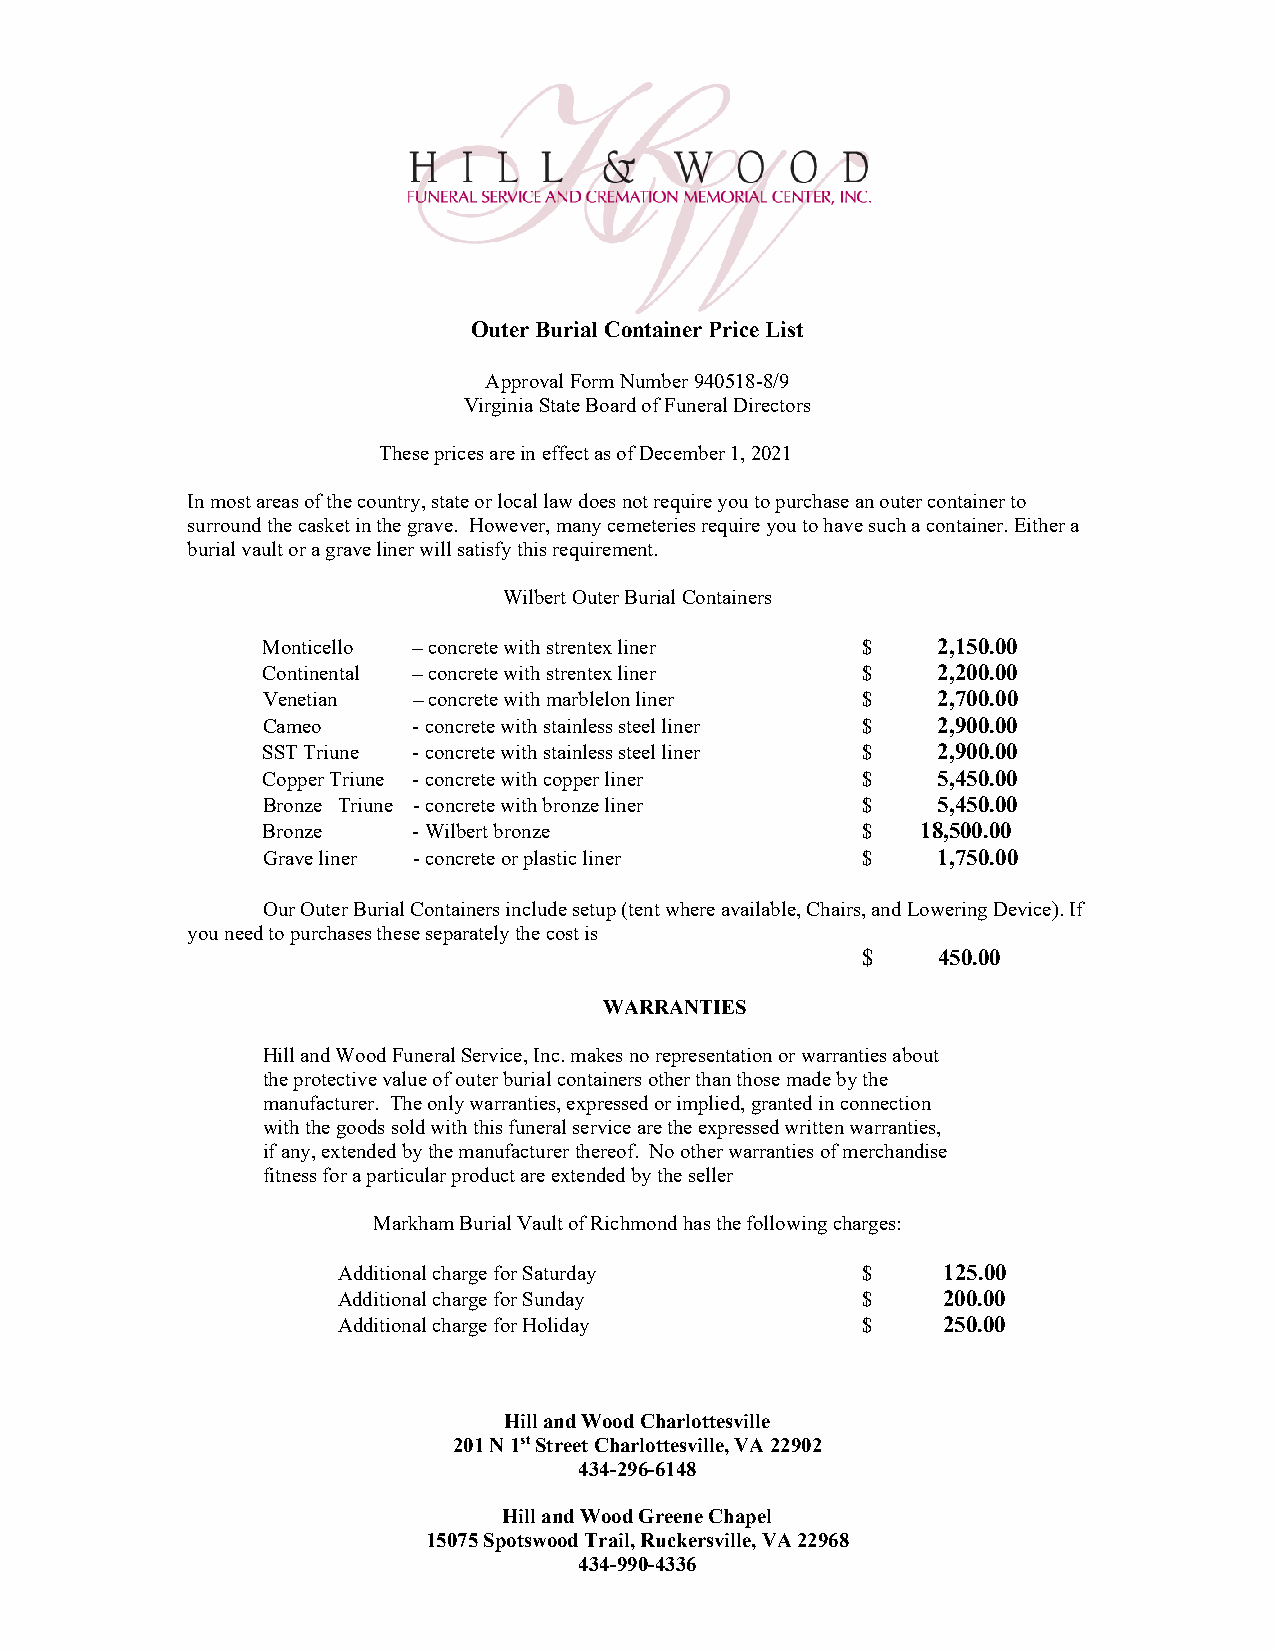
Outer Burial Container Price List
 Approval Form Number 940518-8/9
 Virginia State Board of Funeral Directors
 These prices are in effect as of December 1, 2021
 In most areas of the country, state or local law does not require you to purchase an outer container to
 surround the casket in the grave. However, many cemeteries require you to have such a container. Either a
 burial vault or a grave liner will satisfy this requirement.
 Wilbert Outer Burial Containers
 Monticello – concrete with strentex liner $  2,150.00
 Continental – concrete with strentex liner $ 2,200.00
 Venetian  – concrete with marblelon liner $  2,700.00
 Cameo     - concrete with stainless steel liner $ 2,900.00
 SST Triune - concrete with stainless steel liner $ 2,900.00
 Copper Triune - concrete with copper liner $ 5,450.00
 Bronze Triune - concrete with bronze liner $ 5,450.00
 Bronze    - Wilbert bronze              $   18,500.00
 Grave liner - concrete or plastic liner $    1,750.00
 Our Outer Burial Containers include setup (tent where available, Chairs, and Lowering Device). If
 you need to purchases these separately the cost is
 $    450.00
 WARRANTIES
 Hill and Wood Funeral Service, Inc. makes no representation or warranties about
 the protective value of outer burial containers other than those made by the
 manufacturer. The only warranties, expressed or implied, granted in connection
 with the goods sold with this funeral service are the expressed written warranties,
 if any, extended by the manufacturer thereof. No other warranties of merchandise
 fitness for a particular product are extended by the seller
 Markham Burial Vault of Richmond has the following charges:
 Additional charge for Saturday     $    125.00
 Additional charge for Sunday       $    200.00
 Additional charge for Holiday      $    250.00
 Hill and Wood Charlottesville
 201 N 1st Street Charlottesville, VA 22902
 434-296-6148
 Hill and Wood Greene Chapel
 15075 Spotswood Trail, Ruckersville, VA 22968
 434-990-4336